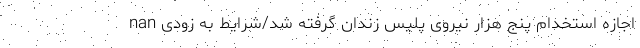
nan اجازه استخدام پنج هزار نیروی پلیس زندان گرفته شد/شرایط به زودی